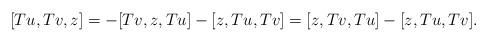
LaTeX: \begin{align*} &[Tu,Tv,z]=-[Tv,z,Tu]-[z,Tu,Tv]= [z,Tv,Tu]-[z,Tu,Tv].\end{align*}